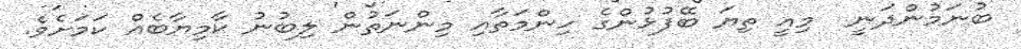
ބުނަމުންދަނީ  މިއީ ތިޔަ ބޭފުޅުންގެ ހިންމަތާއި މިންނަތުން ލިބުނު ކާމިޔާބެއް ކަމަށެވެ.